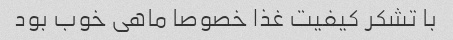
با تشکر کیفیت غذا خصوصا ماهی خوب بود